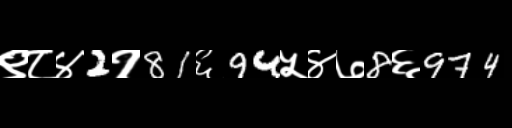
Text: ९८४2१81६94५४७8६974